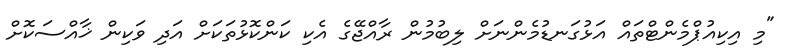
"މި އިކިއުޕްމެންޓްތައް އަޅުގަނޑުމެންނަށް ލިބުމުން ރާއްޖޭގެ އެކި ކަންކޮޅުތަކަށް އަދި ވަކިން ޚާއްސަކޮށް